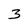
Character: 3